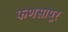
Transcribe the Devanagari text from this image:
फणसापूर